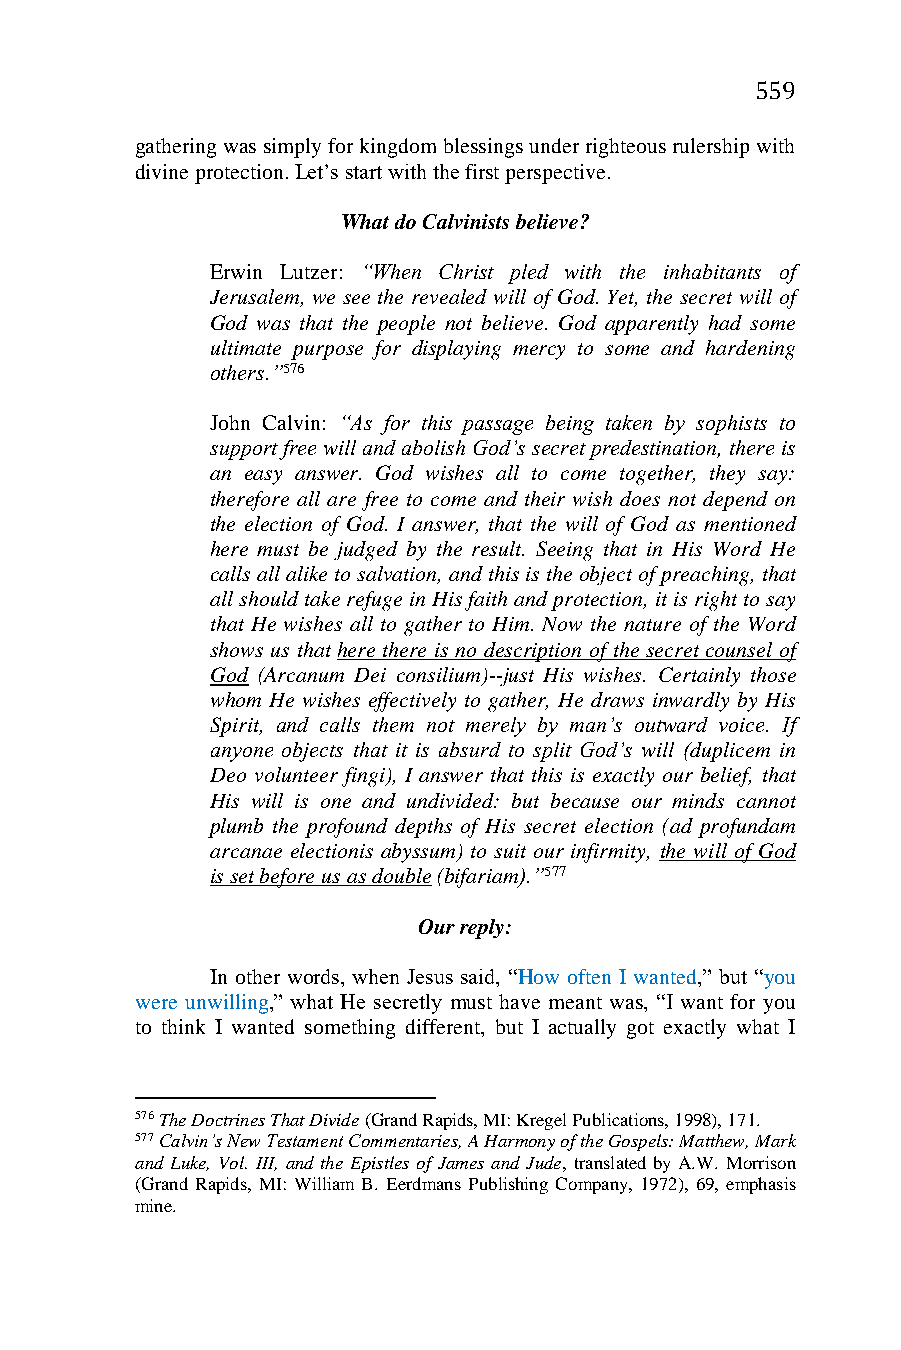
559
 gathering was simply for kingdom blessings under righteous rulership with
 divine protection. Let’s start with the first perspective.
 What do Calvinists believe?
 Erwin Lutzer: “When Christ pled with the inhabitants of
 Jerusalem, we see the revealed will of God. Yet, the secret will of
 God was that the people not believe. God apparently had some
 ultimate purpose for displaying mercy to some and hardening
 others.”576
 John Calvin: “As for this passage being taken by sophists to
 support free will and abolish God’s secret predestination, there is
 an easy answer. God wishes all to come together, they say:
 therefore all are free to come and their wish does not depend on
 the election of God. I answer, that the will of God as mentioned
 here must be judged by the result. Seeing that in His Word He
 calls all alike to salvation, and this is the object of preaching, that
 all should take refuge in His faith and protection, it is right to say
 that He wishes all to gather to Him. Now the nature of the Word
 shows us that here there is no description of the secret counsel of
 God (Arcanum Dei consilium)--just His wishes. Certainly those
 whom He wishes effectively to gather, He draws inwardly by His
 Spirit, and calls them not merely by man’s outward voice. If
 anyone objects that it is absurd to split God’s will (duplicem in
 Deo volunteer fingi), I answer that this is exactly our belief, that
 His will is one and undivided: but because our minds cannot
 plumb the profound depths of His secret election (ad profundam
 arcanae electionis abyssum) to suit our infirmity, the will of God
 is set before us as double (bifariam).”577
 Our reply:
 In other words, when Jesus said, “How often I wanted,” but “you
 were unwilling,” what He secretly must have meant was, “I want for you
 to think I wanted something different, but I actually got exactly what I
 576 The Doctrines That Divide (Grand Rapids, MI: Kregel Publications, 1998), 171.
 577 Calvin’s New Testament Commentaries, A Harmony of the Gospels: Matthew, Mark
 and Luke, Vol. III, and the Epistles of James and Jude, translated by A.W. Morrison
 (Grand Rapids, MI: William B. Eerdmans Publishing Company, 1972), 69, emphasis
 mine.